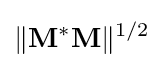
\|\mathbf {M} ^{*}\mathbf {M} \|^{1/2}